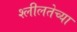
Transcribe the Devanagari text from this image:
श्लीलतेच्या